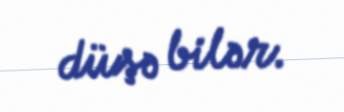
düşə bilər.